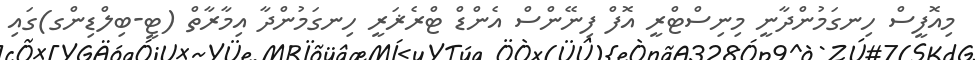
މިއޮފީސް ހިނގަމުންދާނީ މިނިސްޓްރީ އޮފް ފިނޭންސް އެންޑް ޓްރެޜަރީ ހިނގަމުންދާ އިމާރާތް (ޓީ-ބިލްޑިންގ)ގައި